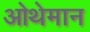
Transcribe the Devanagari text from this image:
ओथेमान